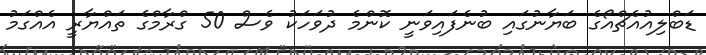
ޑަބްލިއުއެޗްއޯގެ ބަޔާނުގައި ބުނެފައިވަނީ ކޮންމެ ދުވަހަކު ވެސް 50 ގްރާމްގެ ތައްޔާރީ އެއްގަމު